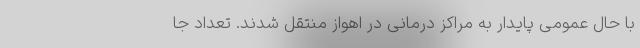
با حال عمومی پایدار به مراکز درمانی در اهواز منتقل شدند. تعداد جا